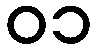
၀၁